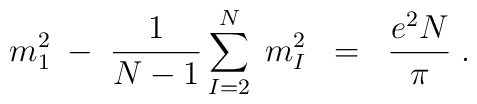
m_1^2 \; - \; \frac{1}{N-1} \sum_{I=2}^N \;m^2_I \; \; = \; \; \frac{e^2 N}{\pi} \; .